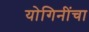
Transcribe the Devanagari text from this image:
योगिनींचा